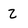
Character: 2